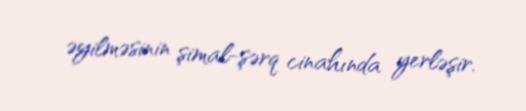
əyilməsinin şimal-şərq cinahında yerləşir.